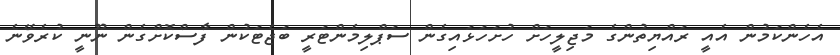
އެހެންކަމުން އެއީ ރައްޔިތުންގެ މަޖިލީހަށް ހުށަހަޅައިގެން ސަޕްލިމެންޓަރީ ބަޖެޓަކުން ފާސްކޮށްގެން ނޫނީ ކުރެވޭނެ